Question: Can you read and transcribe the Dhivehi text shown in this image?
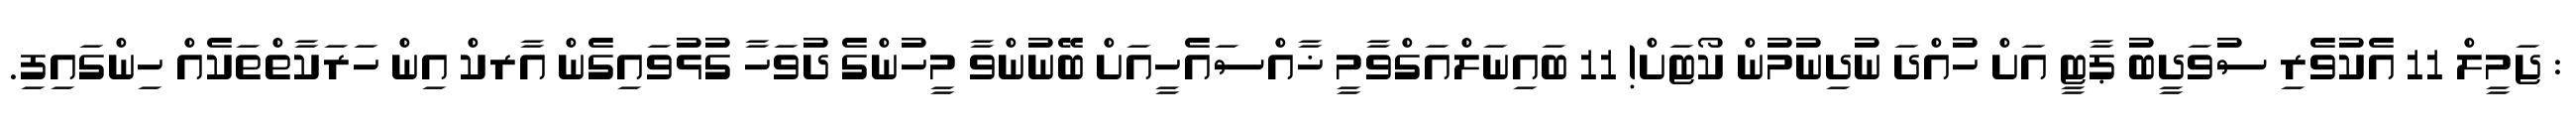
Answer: : ޖަމީލް 11 އެކުވެރި ސުވަދީބު ޕާޓީ އަށް ހުއްދަ ނުދިނުމުން ކޯޓަށް! 11 ބައިނަލްއަގްވާމީ ޚާއްސައެހީއަށް ބޭނުންވާ މީހުންގެ ދުވަހާ ގުޅުވައިގެން އާރކް އިން ހަރަކާތްތަކެއް ހިންގައިފި.